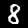
Label: 8